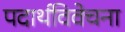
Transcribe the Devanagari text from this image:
पदार्थविवेचना